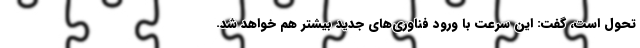
تحول است، گفت: این سرعت با ورود فناوری‌های جدید بیشتر هم خواهد شد.